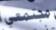
مجتمعي